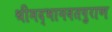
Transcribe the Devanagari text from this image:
श्रीमद्भागवतपुराण